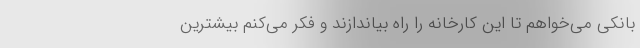
بانکی می‌خواهم تا این کارخانه را راه بیاندازند و فکر می‌کنم بیشترین